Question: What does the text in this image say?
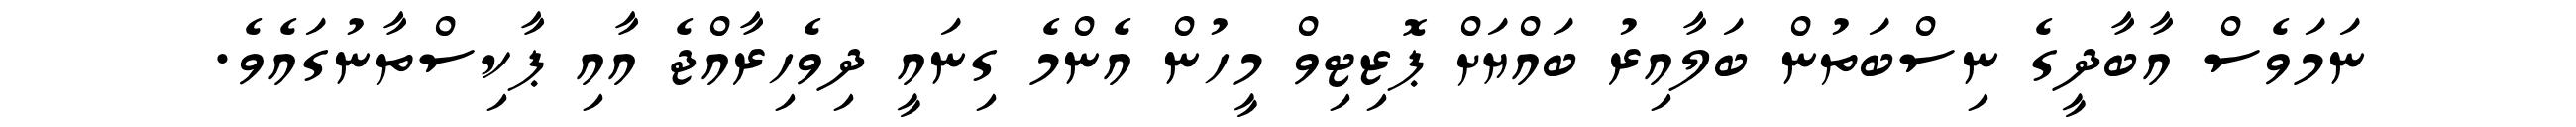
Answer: ނަމަވެސް އާބާދީގެ ނިސްބަތުން ބަލާއިރު ބައްޔަށް ޕޮޒިޓިވް މީހުން އެންމެ ގިނައީ ދިވެހިރާއްޖެ އާއި ޕާކިސްތާނުގައެވެ.